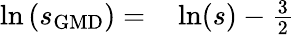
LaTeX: \begin{array}{rl}{\ln\left(s_{\mathrm{GMD}}\right)=}&{{}\ln(s)-\frac{3}{2}}\end{array}